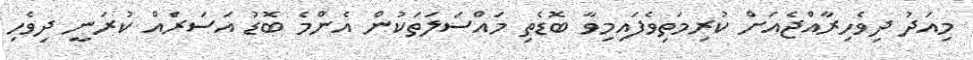
މިއަދު ދިވެހިރާއްޖެއަށް ކުރިމަތިވެފައިމިވާ ބޮޑެތި މައްސަލަތަކުން އެންމެ ބޮޑު އަސަރަެއް ކުރަނީ ދިވެހި